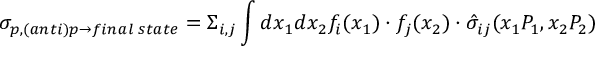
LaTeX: \sigma _ { p , ( a n t i ) p \rightarrow f i n a l \; s t a t e } = \Sigma _ { i , j } \int d x _ { 1 } d x _ { 2 } f _ { i } ( x _ { 1 } ) \cdot f _ { j } ( x _ { 2 } ) \cdot \hat { \sigma } _ { i j } ( x _ { 1 } P _ { 1 } , x _ { 2 } P _ { 2 } )